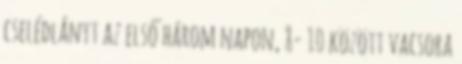
cselédlányt az első három napon, 8- 10 között vacsora